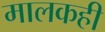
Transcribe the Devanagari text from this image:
मालकही